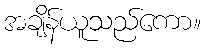
အချိန်ယူသည်ကော။